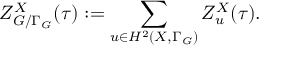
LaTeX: Z _ { { \cal G } / \Gamma _ { \cal G } } ^ { X } ( \tau ) : = \sum _ { u \in H ^ { 2 } ( X , \Gamma _ { \cal G } ) } Z _ { u } ^ { X } ( \tau ) .